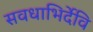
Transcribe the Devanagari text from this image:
सवधाभिर्देवि